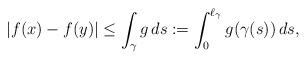
LaTeX: \begin{align*}|f(x)-f(y)|\le \int_{\gamma} g\,ds:=\int_0^{\ell_{\gamma}} g(\gamma(s))\,ds,\end{align*}